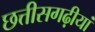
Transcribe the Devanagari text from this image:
छत्तीसगढ़ीयां